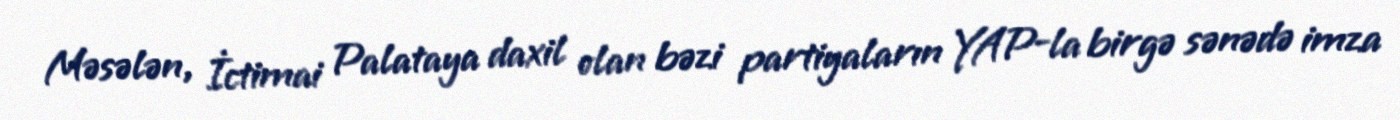
Məsələn, İctimai Palataya daxil olan bəzi partiyaların YAP-la birgə sənədə imza